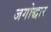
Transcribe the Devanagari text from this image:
जगोद्धार